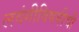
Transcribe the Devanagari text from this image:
लवंगीविषयीची